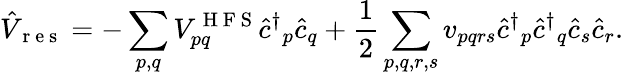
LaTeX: {\hat{V}}_{\mathrm{~r~e~s~}}=-\sum_{p,q}{V}_{pq}^{\mathrm{~H~F~S~}}{\hat{c}^{\dagger}}_{p}{\hat{c}}_{q}+\frac{1}{2}\sum_{p,q,r,s}{v}_{pqrs}{\hat{c}^{\dagger}}_{p}{\hat{c}^{\dagger}}_{q}{\hat{c}}_{s}{\hat{c}}_{r}.